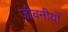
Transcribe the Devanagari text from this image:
जीवनीयोँ